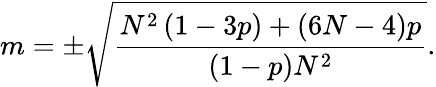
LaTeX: m=\pm\sqrt{\frac{N^{2}\left(1-3p\right)+\left(6N-4\right)p}{\left(1-p\right)N^{2}}}.